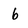
Character: b